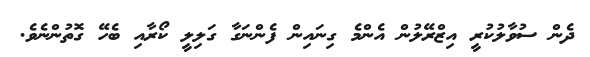
ދެން ސުވާލުކުރީ އިޒްރޭލުން އެންމެ ގިނައިން ފެންނަގާ ގަލިލީ ކޯރާއި ބެހޭ ގޮތުންނެވެ.